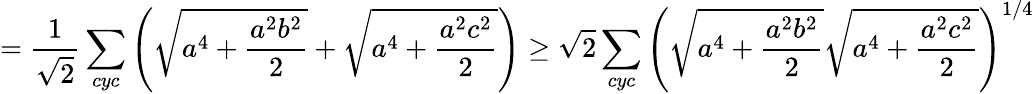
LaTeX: =\frac{1}{\sqrt{2}}\sum_{cyc}\left(\sqrt{a^{4}+\frac{a^{2}b^{2}}{2}}+\sqrt{a^{4}+\frac{a^{2}c^{2}}{2}}\right)\ge\sqrt{2}\sum_{cyc}\left(\sqrt{a^{4}+\frac{a^{2}b^{2}}{2}}\sqrt{a^{4}+\frac{a^{2}c^{2}}{2}}\right)^{1/4}